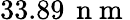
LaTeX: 33.89\, \mathrm{~n~m~}